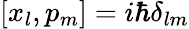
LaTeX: [x_{l},p_{m}]=i\hbar\delta_{lm}